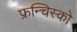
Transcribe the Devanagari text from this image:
फ्रन्चिस्को